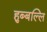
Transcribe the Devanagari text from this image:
हुब्बल्लि